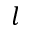
\mathnormal { l }